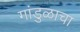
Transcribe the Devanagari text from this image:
गांडुळाचा